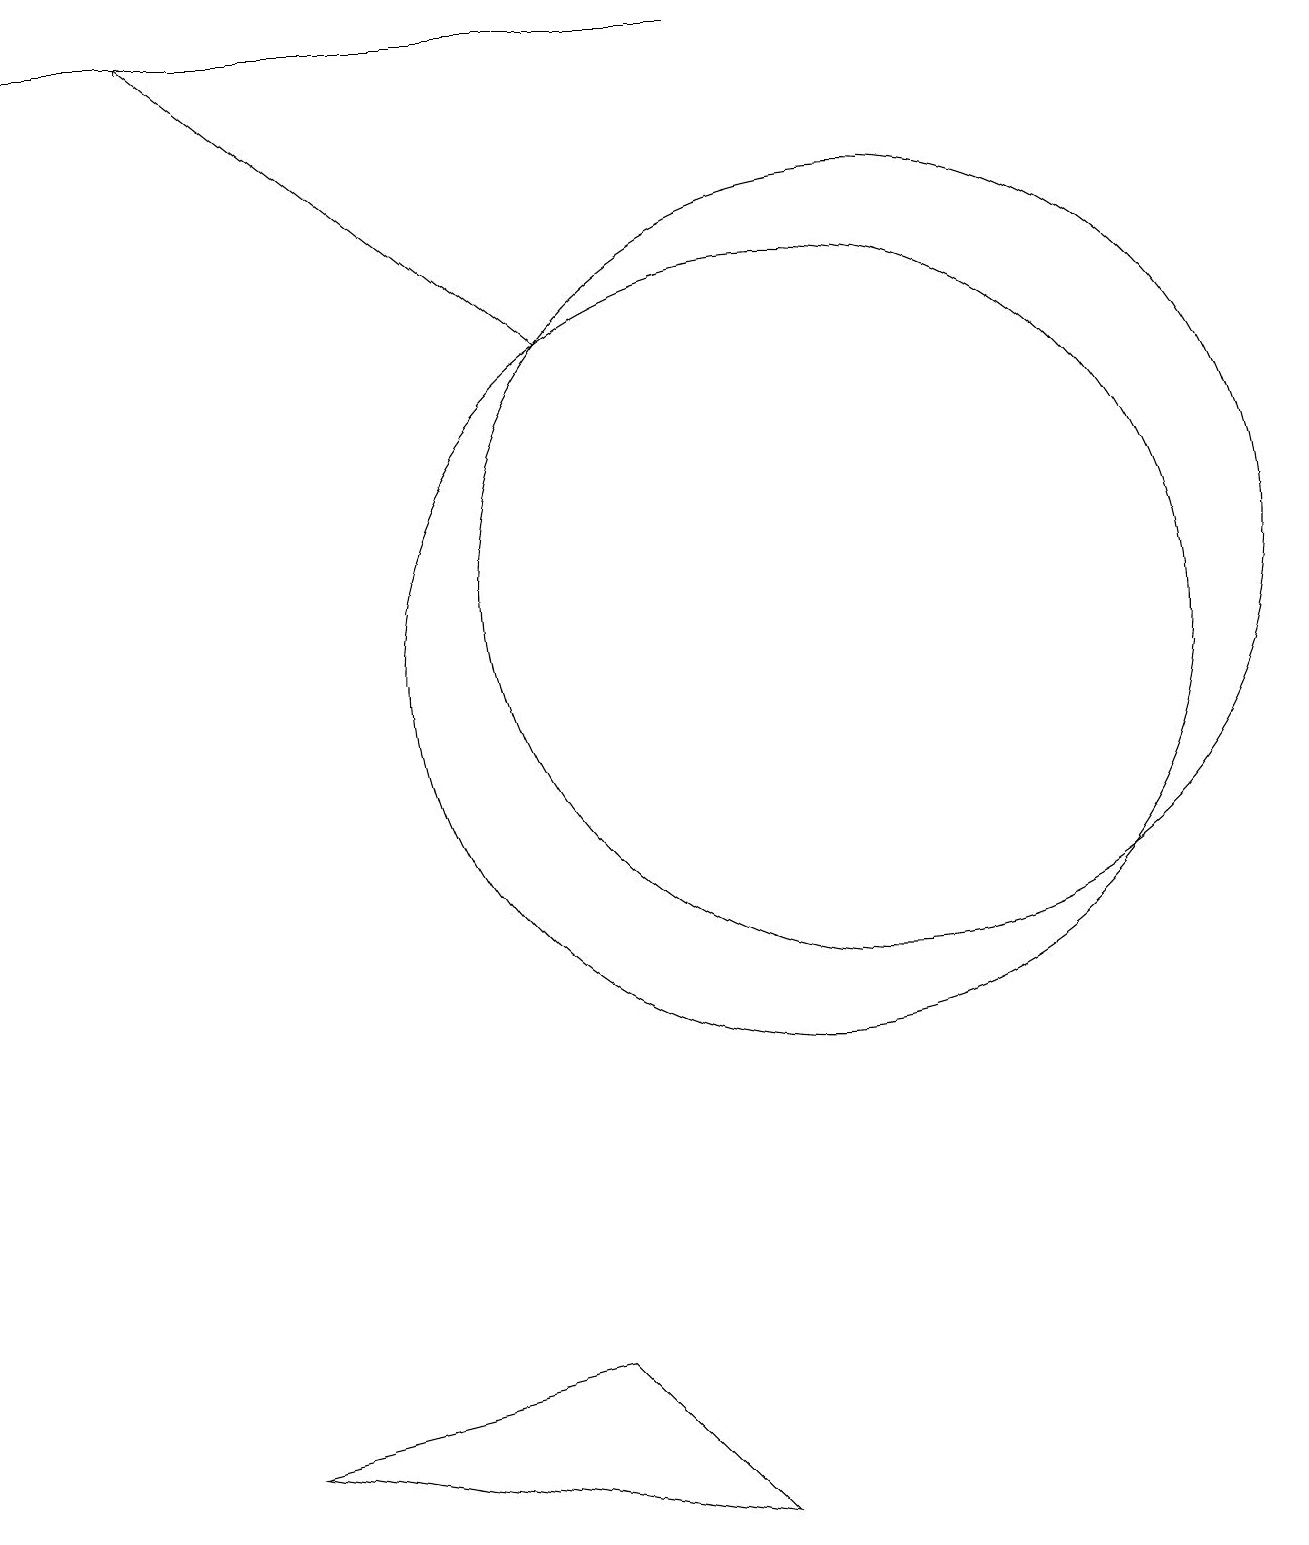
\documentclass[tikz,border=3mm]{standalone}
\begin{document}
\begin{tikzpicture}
\draw (10,11) circle (5);
\draw[->] (7,15) -- (2,19);
\draw (11,12) circle (5);
\draw (7,2) -- (9,0) -- (3,1) -- cycle;
\draw[->] (9,19) -- (0,19);
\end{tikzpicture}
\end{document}